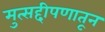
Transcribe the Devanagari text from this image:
मुत्सद्दीपणातून